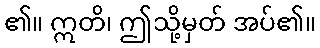
၏။ ဣတိ၊ ဤသို့မှတ် အပ်၏။